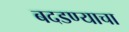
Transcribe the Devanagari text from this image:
बदडण्याचा